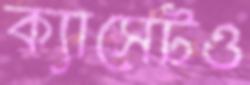
ক্যাসেটও